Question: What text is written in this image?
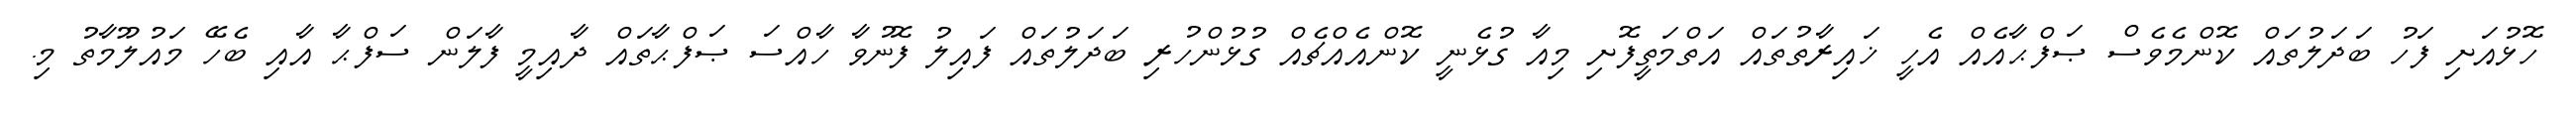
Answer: ހޮޅުއަށި ފަހު ބަދަލުތައް ކޮންމެވެސް ޞަފްޙާއެއް އެހީ ޚައިރާތުތައް އަތްމަތީފޮށި މިއާ ގުޅެނީ ކޮންއެއްޗެއް ގުޅުންހުރި ބަދަލުތައް ފައިލު ފޮނުވާ ހާއްސަ ޞަފްޙާތައް ދާއިމީ ފާލަން ސަފްޙާ އާއި ބެހޭ މައުލޫމާތު މި.